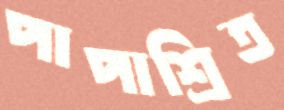
পাপাশ্রিত